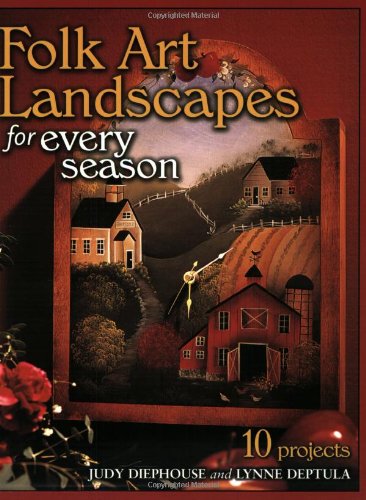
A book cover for Folk Art Landscapes for Every Season; Judy Diephouse; Crafts, Hobbies & Home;